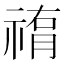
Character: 𥛂